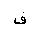
Letter: _fa